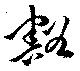
豁